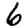
Digit: 6